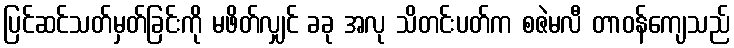
ပြင်ဆင်သတ်မှတ်ခြင်းကို မဖိတ်လျှင် ခခု အလု သိတင်းပတ်က စဇဲမလီ တာဝန်ကျေသည်